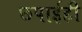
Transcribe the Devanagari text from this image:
छपाईही